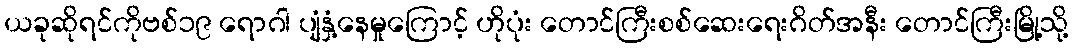
ယခုဆိုရင်ကိုဗစ်၁၉ ရောဂါ ပျံနှံ့နေမှုကြောင့် ဟိုပုံး တောင်ကြီးစစ်ဆေးရေးဂိတ်အနီး တောင်ကြီးမြို့သို့